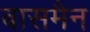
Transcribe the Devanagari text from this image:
बासमैन